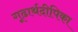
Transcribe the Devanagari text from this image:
गूढार्थदीपिका